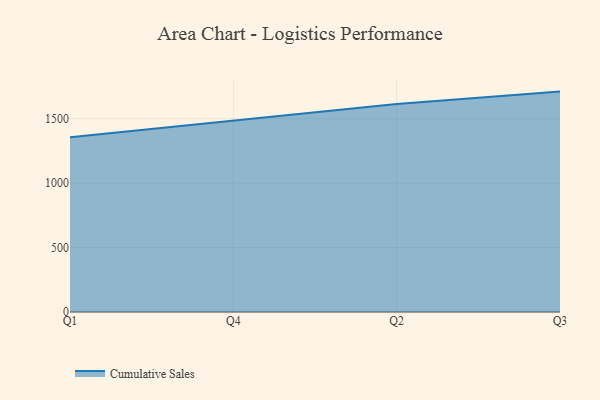
{"axis": {"x": "Quarter", "y": "Satisfaction Score"}, "legend": ["Cumulative Sales"], "data": [{"x": "Q1", "y": 1356.4, "type": "Cumulative Sales"}, {"x": "Q4", "y": 1485.9, "type": "Cumulative Sales"}, {"x": "Q2", "y": 1613.6, "type": "Cumulative Sales"}, {"x": "Q3", "y": 1710.3, "type": "Cumulative Sales"}]}